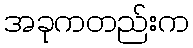
အခုကတည်းက